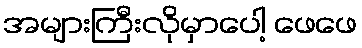
အများကြီးလိုမှာပေါ့ ဖေဖေ